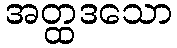
အတ္ထဒသော